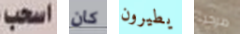
اسحب كان يطيرون مرحبا